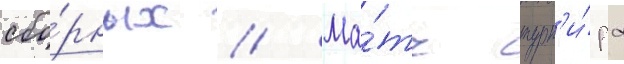
сбо́рных // Ма́тч турн'и́ра